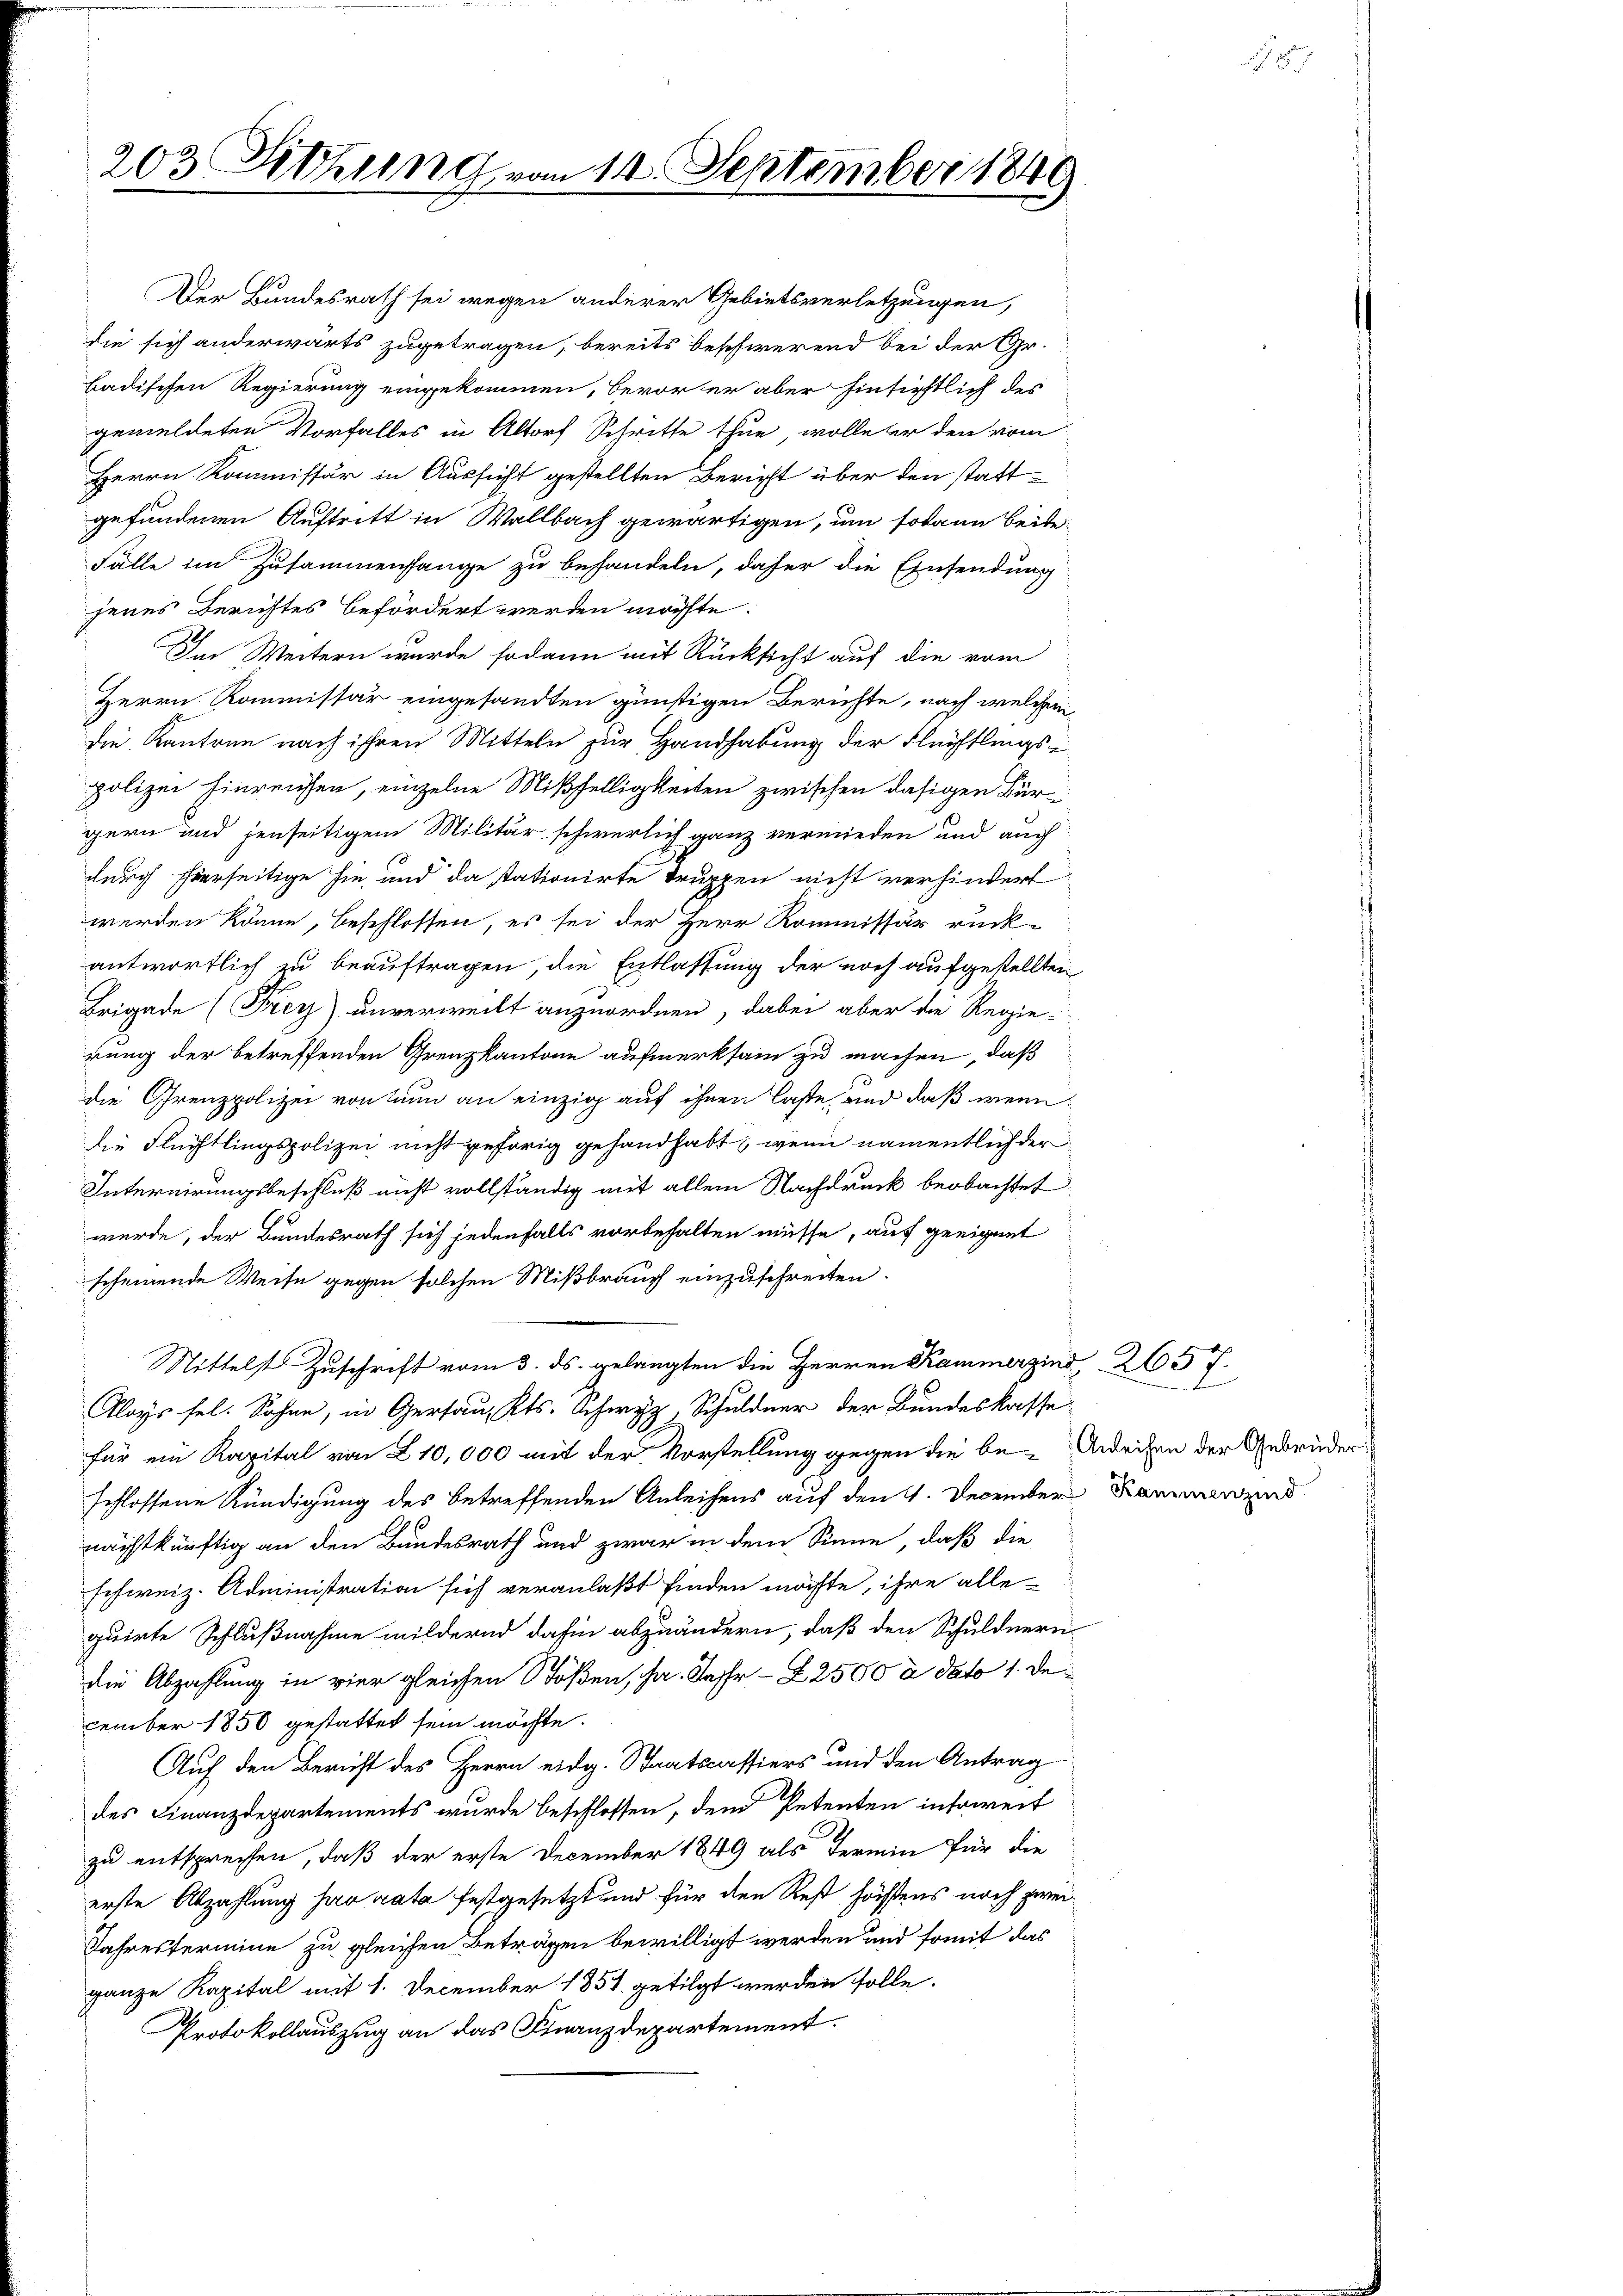
203 Sitzung vom 14. September 1849

Der Bundesrath sei wegen anderer Gebietsverletzungen,
die sich anderwärts zugetragen, bereits beschwerend bei der Gr.
badischen Regierung eingekommen, bevor er aber hinsichtlich des
gemeldeten Vorfalles in Altorf Schritte thue, wolle er den vom
Herrn Kommissär in Aussicht gestellten Bericht über den stattgefundenen Auftritt in Wallbach gewärtigen, um sodann beite
Fälle im Zusammenhange zu behandeln, daher die Einsendung
jenes Berichtes befördert werden möchte.
Im Weitern wurde sodann mit Rücksicht auf die vom
Herrn Kommissär eingesandten günstigen Berichte, nach welchem
die Kantone nach ihren Mitteln zur Handhabung der Flüchtlings-
polizei hinreichen, einzelne Mißhelligkeiten zwischen dasigen Bürgern und jenseitigem Militär schwerlich ganz vermieden und auch
durch hierseitige sie und da stationirte Truppen nicht verhindert
werden könne, beschlossen, es sei der Herr Kommissär rück-
antwortlich zu beauftragen, die Entlassung der noch aufgestellten
Brigade (Frey) unverweilt anzuordnen, dabei aber die Regie-
rung der betreffenden Grenzkantone aufmerksam zu machen, daß
die Grenzpolizei von den an einzig auf ihnen laste, und daß wenn
die Flüchtlingspolizei nicht gehörig gefandhabt, wenn namentlich der
Internirungsbeschluß nicht vollständig mit allem Nachdruck beobachtet:
werde, der Bundesrath sich jedenfalls vorbehalten müsse, auf geeignet
scheinende Weise gegen solchen Mißbrauch einzuschreiten.
Mittelst Zuschrift vom 3. ds. gelangten die Herren Kammerzins, 265 f.
Aloys sel. Sohne, in Gersau, Kts. Schwyz, Schuldner der Bundeskasse
für ein Kapital von 210,000 mit der Vorstellung gegen die be- Andrechen der Gebrüderschlossene Kündigung des betreffenden Anleihens auf den 4. December Kammen und
nächstkünftig an den Bundesrath und zwar in dem Sinne, daß die
schweiz. Administration sich veranlaßt finden möchte, ihre alle
quirte Schlußnahme mildernd dahin abzuändern, daß den Schuldnern
die Abzahlung in vier gleichen Stößen, ha. Jahr- & 2500 à dato 1. December 1850 gestattet sein möchte.
Auf den Bericht des Herrn eidg. Staatscassiers und den Antrag
des Finanzdepartements wurde beschlossen, dem Petenten insoweit
zu entsprechen, daß der erste December 1849 als Termin für die
erste Abzahlung pro rata festgesetzt und für den Rest höchstens noch zwei¬
Jahrestermine zu gleichen Beträgen bewilligt werden und somit das
ganze Kapital mit 1. December 1851. getilgt werden solle.
Protokollauszug an das Finanzdepartement.

.